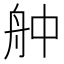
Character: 舯